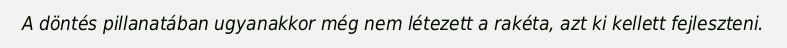
A döntés pillanatában ugyanakkor még nem létezett a rakéta, azt ki kellett fejleszteni.